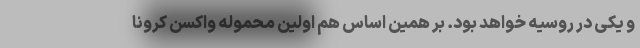
و یکی در روسیه خواهد بود. بر همین اساس هم اولین محموله واکسن کرونا